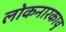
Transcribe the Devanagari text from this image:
लोकनारकावु